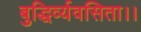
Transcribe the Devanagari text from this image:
बुद्धिर्व्यवसिता।।